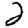
Digit: 2